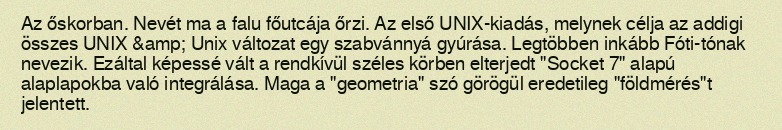
Az őskorban. Nevét ma a falu főutcája őrzi. Az első UNIX-kiadás, melynek célja az addigi összes UNIX &amp; Unix változat egy szabvánnyá gyúrása. Legtöbben inkább Fóti-tónak nevezik. Ezáltal képessé vált a rendkívül széles körben elterjedt "Socket 7" alapú alaplapokba való integrálása. Maga a "geometria" szó görögül eredetileg "földmérés"t jelentett.